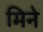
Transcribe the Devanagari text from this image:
मिने